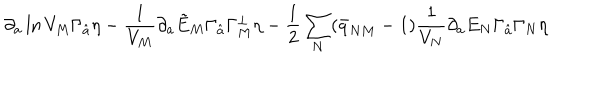
\partial _ { a } \ln V _ { M } \Gamma _ { \hat { a } } \eta - { \frac { 1 } { V _ { M } } } \partial _ { a } \tilde { E } _ { M } \Gamma _ { \hat { a } } \Gamma _ { M } ^ { \perp } \eta - { \frac { 1 } { 2 } } \sum _ { N } ( \bar { q } _ { N M } - 1 ) { \frac { 1 } { V _ { N } } } \partial _ { a } E _ { N } \Gamma _ { \hat { a } } \Gamma _ { N } \eta \qquad \qquad